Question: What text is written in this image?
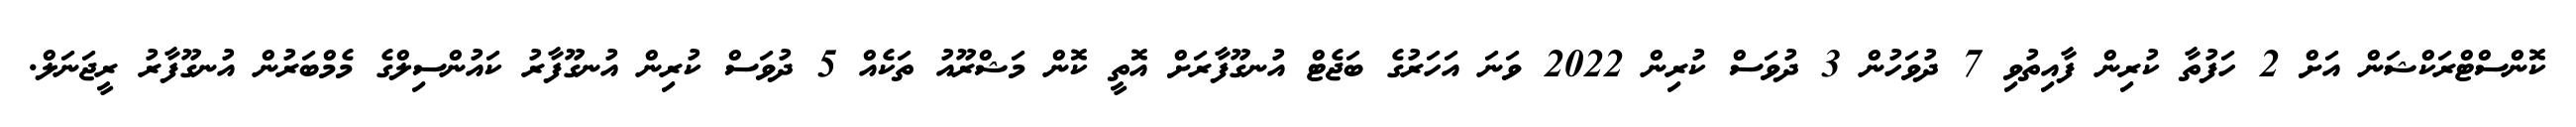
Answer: ކޮންސްޓްރަކްޝަން އަށް 2 ހަފުތާ ކުރިން ފާއިތުވި 7 ދުވަހުން 3 ދުވަސް ކުރިން 2022 ވަނަ އަހަރުގެ ބަޖެޓް އުނގޫފާރަށް އޮތީ ކޮން މަޝްރޫއު ތަކެއް 5 ދުވަސް ކުރިން އުނގޫފާރު ކައުންސިލްގެ މެމްބަރުން އުނގޫފާރު ރީޖަނަލް.